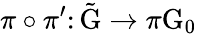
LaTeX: \pi\circ\pi^{\prime}\colon\tilde{\mathrm{G}}\rightarrow\pi\mathrm{G}_{0}